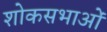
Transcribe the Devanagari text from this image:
शोकसभाओं